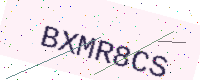
Text: BXMR8CS